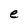
Character: e